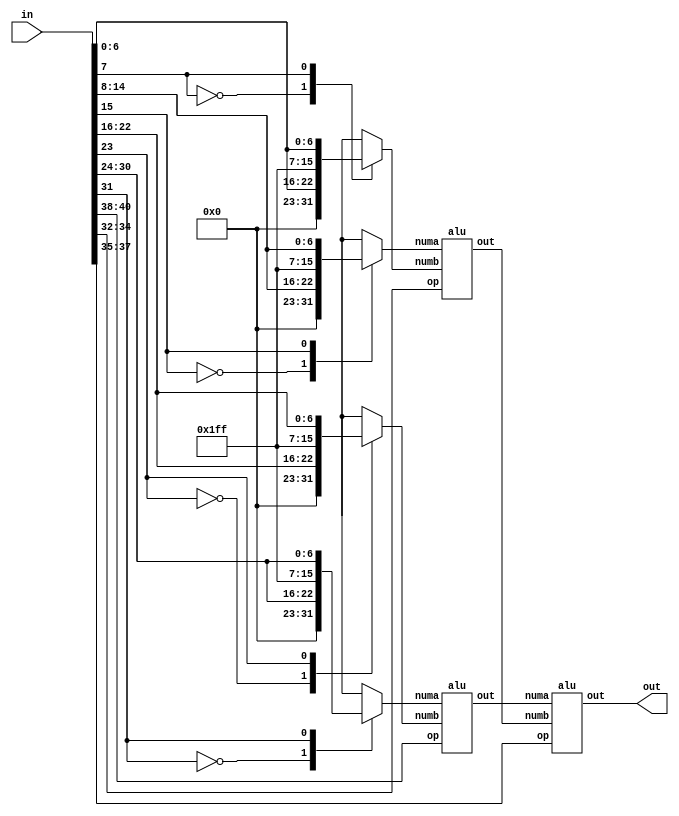
module super_alu(in , out);
input  [40 : 0]  in;
output [15 : 0] out;
reg [15 : 0] num1, num2, num3, num4;
// [40| op1 |38] - [37| op2 |35] - [34| op3 |32] - [31|  num1  |24] - [23|  num2  |16] - [15|  num3  |8] - [7|  num4  |0]
// (#1 op1 #2) op2 (#3 op3 #4)
wire [15 : 0] middle_one, middle_two;

alu a0 (.numa(num1), .numb(num2), .op(in[40 : 38]), .out(middle_one));
alu a1 (.numa(num3), .numb(num4), .op(in[34 : 32]), .out(middle_two));
alu a2 (.numa(middle_one),  .numb(middle_two),  .op(in[37 : 35]), .out(out));

always@(*)
begin
	case (in[31])
		0 : num1 = {8'b00000000, in[31 : 24]};
		1 : num1 = {8'b11111111, in[31 : 24]};
	endcase
	case (in[23])
		0 : num2 = {8'b00000000, in[23 : 16]};
		1 : num2 = {8'b11111111, in[23 : 16]};
	endcase
	case (in[15])
		0 : num3 = {8'b00000000, in[15 : 8 ]};
		1 : num3 = {8'b11111111, in[15 : 8 ]};
	endcase
	case (in[7])
		0 : num4 = {8'b00000000, in[ 7 : 0 ]};
		1 : num4 = {8'b11111111, in[ 7 : 0 ]};
	endcase

end
endmodule


// alu unit
module alu(numa, numb, op, out);
input [15 : 0] numa, numb;
input [2 : 0] op;
output reg [15 : 0] out;
wire [15 : 0] log, sqrt, power_out;

log2 a1 (numa, log);
sqroot a2 (numa, sqrt);
power a3 (numa, numb, power_out);
always@(*)
begin
	case(op)
    3'b000    : out = numa + numb;        
    3'b001    : out = numa - numb;  
    3'b010    : out = numa * numb; 
    3'b011    : out = numa - numb; 
    3'b100    : out = power_out; 
	3'b101    : out = log;
	3'b110    : out = sqrt;
	endcase
end
endmodule

//square root unit
module sqroot (num, sqrt);
input [15 : 0] num;
output reg [15 : 0] sqrt;
integer i;
reg [15 : 0] power;
always@(*)
begin
	if (num[15] == 1)
		sqrt = 16'b0;
	else
	begin
		for(i = 0; i < 1024; i = i + 1)
		begin
			power = i * i;
			if (power > num)
			begin
				sqrt = i - 1;	
				i = 1025;
			end	
			else if (power == num)
			begin
				sqrt = i;
				i = 1025;
			end	
		end
	end		
end
endmodule


//log2 unit
module log2(num, out);
input [15 : 0] num;
output reg[15 : 0] out;
reg [15 : 0] log2, i;
reg do_for;
always@(*)
begin	
do_for = 1;
	if(num[15] == 1)
		out = 16'b0;
	
	else
	begin	
		for(i = 0; i < 15; i = i + 1)
		begin
		 	log2 = 2 ** i;
			if(log2 == num)
				begin
				out = i;
				i = 16;
				end
			else if(log2 > num)
				begin
				out = i - 1;
				i = 16;
				end	
		end
	end
end
endmodule

module power(a, b, c);
input [15 : 0] a ,b;
output reg [15 : 0]c;
reg [15 : 0] mem, i;

always@ (a or b)
begin
	mem = 16'd1;
	for(i = 1; i < 14; i = i + 1)
		begin
		mem = mem * a;
		if(i == b)
			i = 15;
		end
	c = mem;
end
endmodule